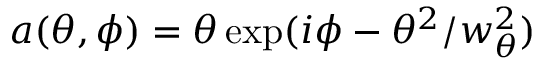
a ( \theta , \phi ) = \theta \exp ( i \phi - \theta ^ { 2 } / w _ { \theta } ^ { 2 } )